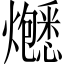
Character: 𬋚